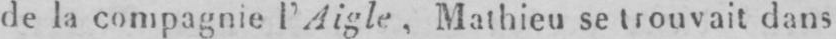
de la compagnie l’Aigle, Mathieu se trouvait dans